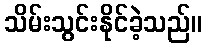
သိမ်းသွင်းနိုင်ခဲ့သည်။